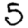
Digit: 5